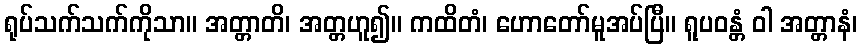
ရုပ်သက်သက်ကိုသာ။ အတ္တာတိ၊ အတ္တဟူ၍။ ကထိတံ၊ ဟောတော်မူအပ်ပြီ။ ရူပဝန္တံ ဝါ အတ္တာနံ၊